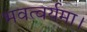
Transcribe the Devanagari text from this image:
भवत्वर्यमा।